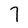
Character: 7